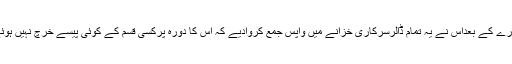
دورے کے بعداس نے یہ تمام ڈالرسرکاری خزانے میں واپس جمع کروادیے کہ اس کا دورہ پرکسی قسم کے کوئی پیسے خرچ نہیں ہوئے۔